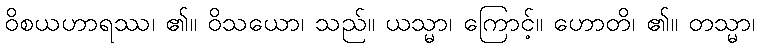
ဝိစယဟာရဿ၊ ၏။ ဝိသယော၊ သည်။ ယသ္မာ၊ ကြောင့်။ ဟောတိ၊ ၏။ တသ္မာ၊